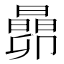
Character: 𬁬